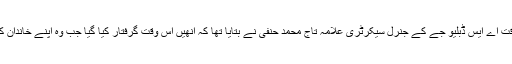
مولانا اورنگزیب فاروقی کی گرفتاری کے وقت اے ایس ڈبلیو جے کے جنرل سیکرٹری علامہ تاج محمد حنفی نے بتایا تھا کہ انھیں اْس وقت گرفتار کیا گیا جب وہ اپنے خاندان کے ساتھ ایک ذاتی ٹرپ پر سفر کررہے تھے۔